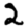
Digit: 2